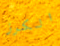
الكرز